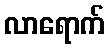
လာရောက်